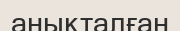
анықталған